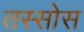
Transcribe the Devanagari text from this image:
तस्सोस